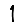
Digit: 1